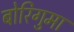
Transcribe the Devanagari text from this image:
बोरिगुमा